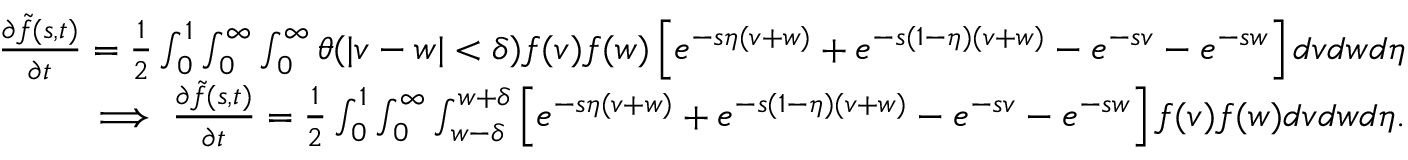
\begin{array} { r } { \begin{array} { r } { \frac { \partial \Tilde { f } ( s , t ) } { \partial t } = \frac { 1 } { 2 } \int _ { 0 } ^ { 1 } \int _ { 0 } ^ { \infty } \int _ { 0 } ^ { \infty } \theta ( | v - w | < \delta ) f ( v ) f ( w ) \left[ e ^ { - s \eta ( v + w ) } + e ^ { - s ( 1 - \eta ) ( v + w ) } - e ^ { - s v } - e ^ { - s w } \right] d v d w d \eta } \\ { \implies \frac { \partial \Tilde { f } ( s , t ) } { \partial t } = \frac { 1 } { 2 } \int _ { 0 } ^ { 1 } \int _ { 0 } ^ { \infty } \int _ { w - \delta } ^ { w + \delta } \left[ e ^ { - s \eta ( v + w ) } + e ^ { - s ( 1 - \eta ) ( v + w ) } - e ^ { - s v } - e ^ { - s w } \right] f ( v ) f ( w ) d v d w d \eta . } \end{array} } \end{array}